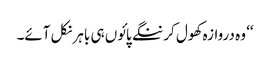
‘‘ وہ دروازہ کھول کر ننگے پائوں ہی باہر نکل آئے۔